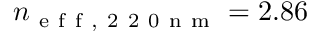
n _ { \mathrm { ~ e ~ f ~ f ~ , ~ 2 ~ 2 ~ 0 ~ n ~ m ~ } } = 2 . 8 6